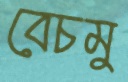
বেচমু